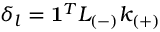
\delta _ { l } = \mathbf { 1 } ^ { T } L _ { ( - ) } k _ { ( + ) }